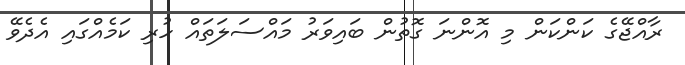
ރާއްޖޭގެ ކަންކަން މި އޮންނަ ގޮތުން ބައިވަރު މައްސަލަތައް ހުރި ކަމެއްގައި އެދެވޭ